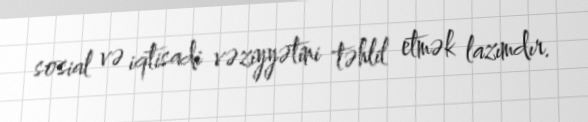
sosial və iqtisadi vəziyyətini təhlil etmək lazımdır.